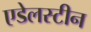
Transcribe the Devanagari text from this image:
एडेलस्टीन